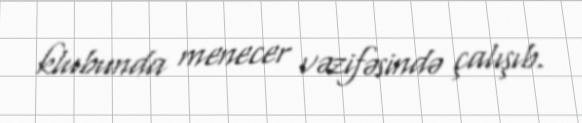
klubunda menecer vəzifəsində çalışıb.